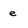
Character: e